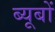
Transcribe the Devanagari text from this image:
ब्यूबों